Report on vaccination North-West Frontier Province 1904-1922 - 1904-1922
Year: 1904
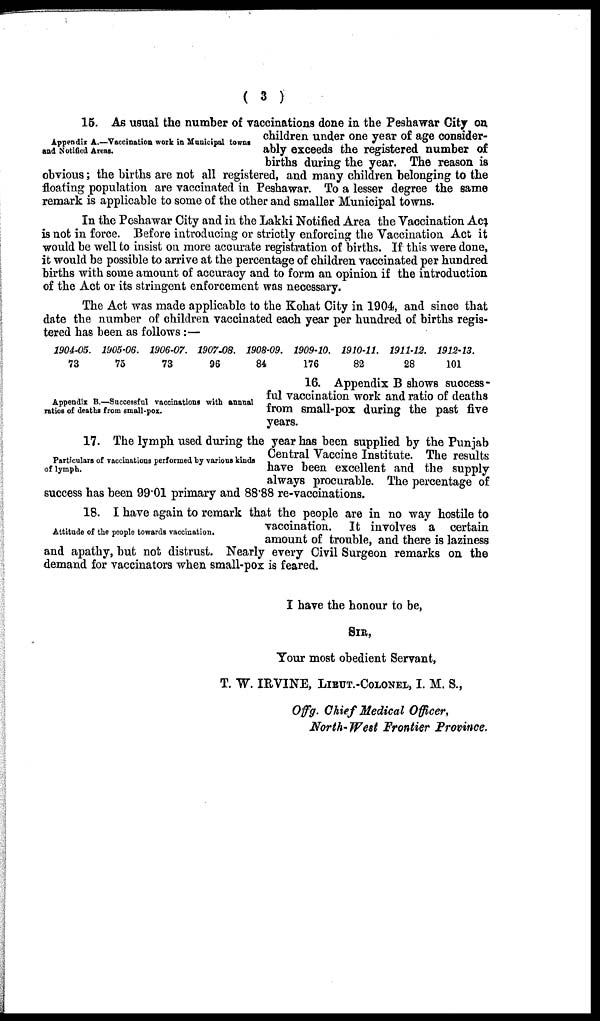
( 3 )
Appendix A..—Vaccination work in Municipal towns
and Notified Areas.
15. As usual the number of vaccinations done in the Peshawar City on
children under one year of age consider-
ably exceeds the registered number of
births during the year. The reason is
obvious; the births are not all registered, and many children belonging to the
floating population are vaccinated in Peshawar. To a lesser degree the same
remark is applicable to some of the other and smaller Municipal towns.
In the Peshawar City and in the Lakki Notified Area the Vaccination Act
is not in force. Before introducing or strictly enforcing the Vaccination Act it
would be well to insist on more accurate registration of births. If this were done,
it would be possible to arrive at the percentage of children vaccinated per hundred
births with some amount of accuracy and to form an opinion if the introduction
of the Act or its stringent enforcement was necessary.
The Act was made applicable to the Kohat City in 1904, and since that
date the number of children vaccinated each year per hundred of births regis-
tered has been as follows:—
1904-05.
73
1905-06.
75
1906-07.
73
1907J08.
96
1908-09.
84
1909-10.
176
1910-11.
82
191112.
28
1912-13.
101
Appendix B.—Successful vaccinations with annual
ratios of deaths from small-pox.
16. Appendix B shows success-
ful vaccination work and ratio of deaths
from small-pox during the past five
years.
Particulars of vaccinations performed by various kinds
of lymph.
17. The lymph used during the year has been supplied by the Punjab
Central Vaccine Institute. The results
have been excellent and the supply
always procurable. The percentage of
success has been 99.01 primary and 88.88 re-vaccinations.
Attitude of the people towards vaccination.
18. I have again to remark that the people are in no way hostile to
vaccination. It involves a certain
amount of trouble, and there is laziness
and apathy, but not distrust. Nearly every Civil Surgeon remarks on the
demand for vaccinators when small-pox is feared.
I have the honour to be,
SIR,
Your most obedient Servant,
T. W. IRVINE, LIEUT.-COLONEL, I. M. S.,
Offg. Chief Medical Officer,
North-West Frontier Province.